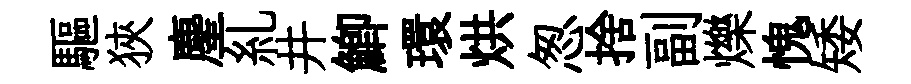
驅狹麈糺井鯽環烘怱捨副爍愧矮